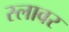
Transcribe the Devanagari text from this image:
स्लावर